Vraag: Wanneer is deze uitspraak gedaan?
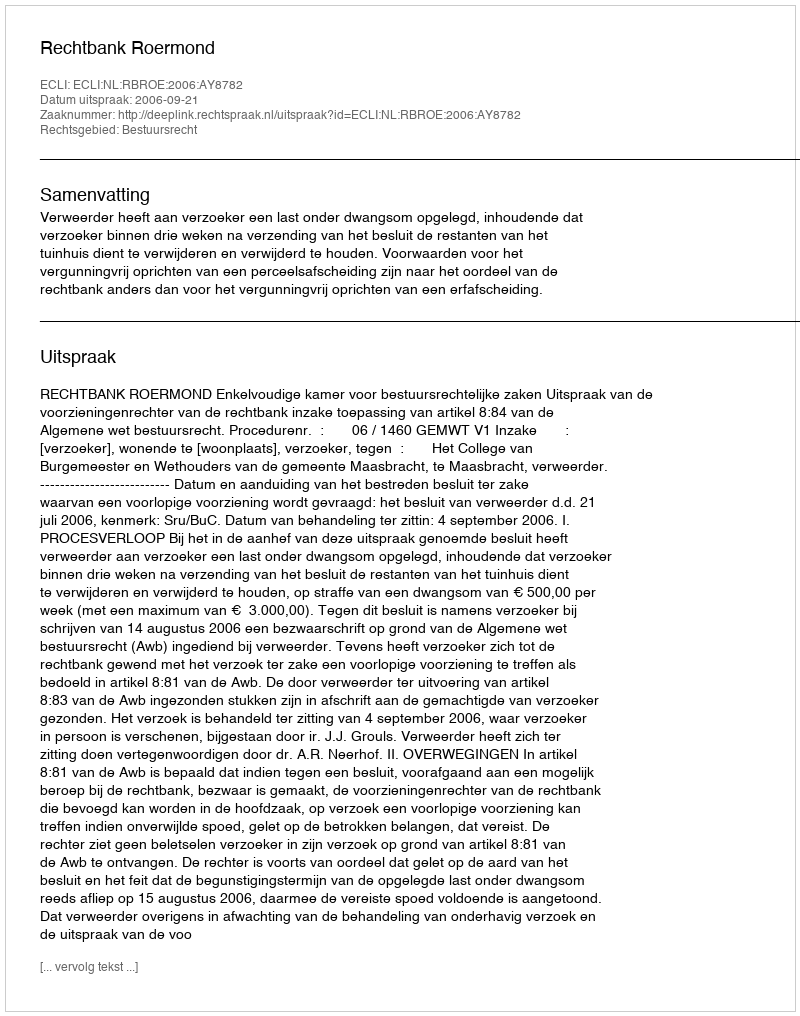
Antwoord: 2006-09-21